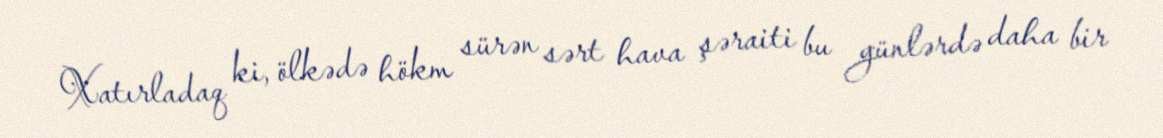
Xatırladaq ki, ölkədə hökm sürən sərt hava şəraiti bu günlərdə daha bir